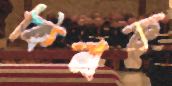
কিনাক